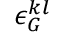
\epsilon _ { G } ^ { k l }